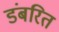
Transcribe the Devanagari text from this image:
डंबरित